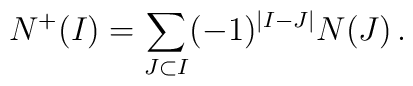
N^+(I) = \sum_{J \subset I}(-1)^{|I-J|} N(J) \, .